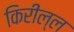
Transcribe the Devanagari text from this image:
किरील्ल